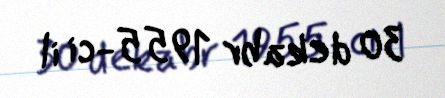
30 dekabr 1955-ci il